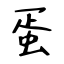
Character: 蛋